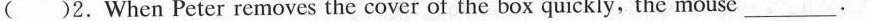
( )2. When Peter removes the cover of the box quickly, the mouse ___